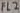
Text: FL2